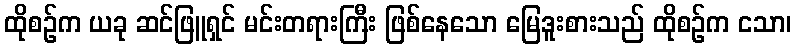
ထိုစဉ်က ယခု ဆင်ဖြူရှင် မင်းတရားကြီး ဖြစ်နေသော မြေဒူးစားသည် ထိုစဉ်က ငသာ၊